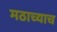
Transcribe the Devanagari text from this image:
मठाच्याच